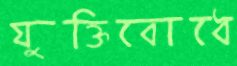
যুক্তিবোধে